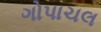
ગોપાચલ